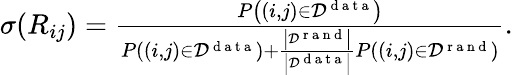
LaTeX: \begin{array}{r}{\sigma(R_{ij})=\frac{P\left((i,j)\in{\cal D}^{\mathrm{~d~a~t~a~}}\right)}{P\left((i,j)\in{\cal D}^{\mathrm{~d~a~t~a~}}\right)+\frac{\left|{\cal D}^{\mathrm{~r~a~n~d~}}\right|}{\left|{\cal D}^{\mathrm{~d~a~t~a~}}\right|}P\left((i,j)\in{\cal D}^{\mathrm{~r~a~n~d~}}\right)}.}\end{array}